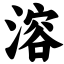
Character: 溶